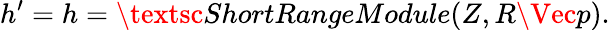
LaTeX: h^{\prime}=h=\textsc{ShortRangeModule}(Z,R\Vec{p}).